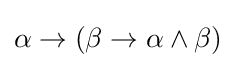
\alpha \to (\beta \to \alpha \land \beta )